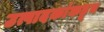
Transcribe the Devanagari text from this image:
उत्पादकांकडून